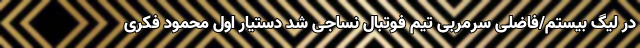
در لیگ بیستم/فاضلی سرمربی تیم فوتبال نساجی شد دستیار اول محمود فکری